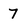
Character: 7